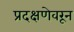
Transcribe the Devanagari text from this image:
प्रदक्षणेवरून